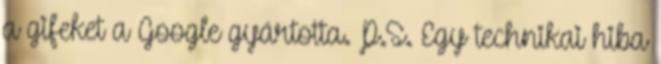
a gifeket a Google gyártotta. P.S. Egy technikai hiba